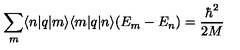
\sum _ { m } \langle n | q | m \rangle \langle m | q | n \rangle ( E _ { m } - E _ { n } ) = \frac { \hbar ^ { 2 } } { 2 M }